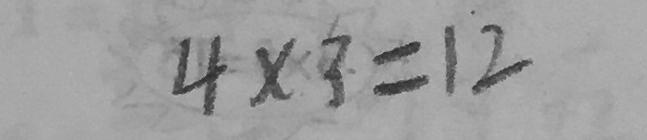
4 \times 3 = 1 2